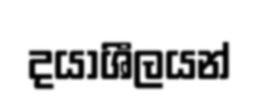
දයාශීලයන්